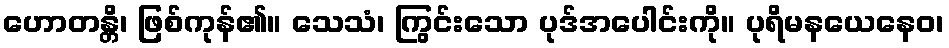
ဟောတန္တိ၊ ဖြစ်ကုန်၏။ သေသံ၊ ကြွင်းသော ပုဒ်အပေါင်းကို။ ပုရိမနယေနေဝ၊